Lunatic asylums Madras 1892-1911 - 1892-1911
Year: 1892
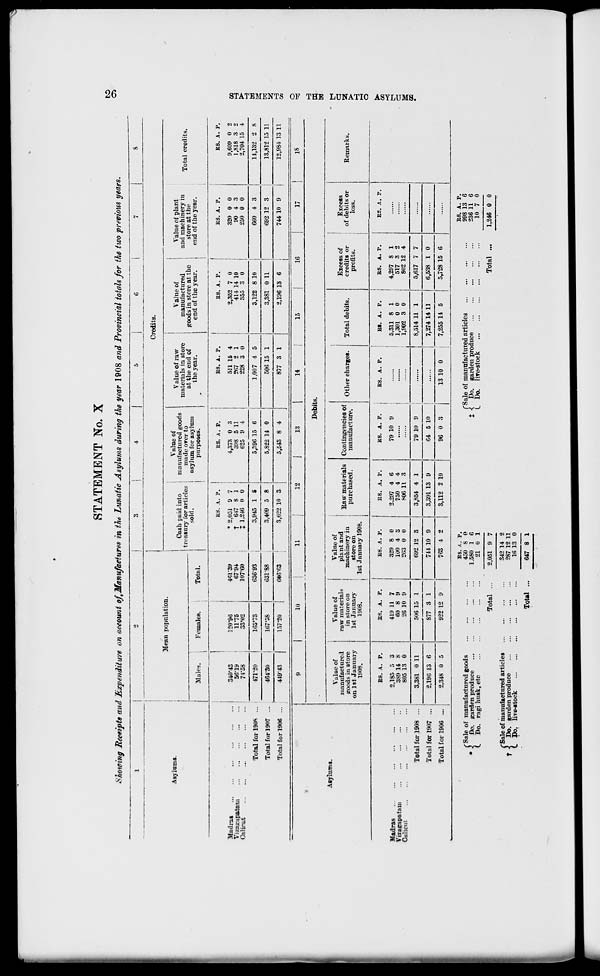
STATEMENT No. X
Showing Receipts and Expenditure on account of,Manufactures in th* Lunatic Asylums during the year 1908 and Provincial totals for the two previous years.
Mean population.
Asylums.
Males.
Females.
Total.
Credits.
Cash paid into
treasury for articles
sold.
Value of
manufactured goods
made orer to
asylum for asylum
purposes.
Value of raw
materials in store
at the end of
the year.
Value of
Value of plant
manufactured
and machinery in
: goods in store at the i
store at the
end of the year.
I
end of the year.
Total credits.
Madras
Vizairapatar.i
Calicut
Total for 190S ...
Total for 1907 ...
1
Total for 1906 ...
340-43
56-19
71-58
120*96
11*75
33*02
1
461-39
67-94
107*60
RS. A. P.
* 2,051 9 7
t
647 8 1
J 1,246 (t 0
KS. A. P.
4,373 0 8
398 5 11
625 9 1
B8. A. P.
511 15 4
267 2 1
228 3 0
R8. A. P.
2,352 7 0
414 14 10
355 3 0
RS. A. P.
320 0 0
90 4 3
250 0 0
RS. A. P.
9,609 0 2
1,818 3 2
2,704 15 4
471-20
165*73
63693
i
3,945 1 S
5,396 16 6
1,007 4 5
3,122 8 10
|
060 4 3
14,132 2 8
464'SO
167*58
631-88
3,409 5 8
5,822 14 0
506 15 1
3,381 0 11
692 12 3
13,812 15 11
449-43
157-20
GW6-63
3,«22 10 3
5,543 8 4
877 3 1
2,196 13 6
744 10 9
12,984 13 11
■*
Asylums.
9
10
11
12
I
18
14
15
16
17
18
Debits.
Vulueof
manufactured
goods in store
on 1st January
1908.
Value of
raw materials
in store on
1st January
1908.
Value of
plant and
machinery in
store on
1st January 1908.
! Eaw materials
purchased.
1
Contingencies of
manufacture.
Other charges.
Total debits.
Excess of
credits or
profits.
Excess
of debits or
loss.
Remarks.
Madras
Vizagapatani
Calicut
Total for 1908 ...
Total for 1907 ...
Total for 1906 ...
BS. A. P.
2,185 5 3
3S9 14 8
805 13 0
BS. A. P.
419 11 7
60 8 9
26 10 9
HS. A. P.
329 8 0
100 4 S
263 0 0
RS. A. P.
2,297 4 6
750 4 4
806 11 3
]
HS. A. P.
|
RS. A. P.
j
79 10 9
:::::: ' :.:: j
RS. A. P.
5,311 8 1
1,301 0 0
1,902 3 0
BS. A. P.
4,297 8 1
517 3 2
802 12 4
ES. A. P.
3,381 0 11
506 15 1
692 12 S
3,854 4 1
79 10 9
8,514 11 1
5,617 7 7
2,196 13 6
877 3 1
741 10 9
3,391 13 9
64 5 10
7,274 14 11
6,538 1 0
2,348 0 5
922 12 9
763 4 2
3,112 2 10
96 0 3
13 10 0
7,255 115
5,728 15 6
?
' Sale of manufactured goods
Do. garden produce
...
Do. ragi husk, etc
RS. A. p.
450 8 0
1,580 1 6
21 0 1
f Sale of manufactured articles
t i Do. garden produce
L Do. live-stock
f Sale of manufactured articles
t < Do. garden produce
(. Do. live-stock
Total ...
Total ...
2,051 9 7
342 14 2
287 12 11
16 13 0
647 8 1
Total
RS. A. P.
998 13 6
236 11 6
10 7 0
1,246 0 0
to
GO
H
K
m
1-3
CO
O f =J
t-3
ffl
5J
t**
a
P
-3
l-H
o
►
m
■•4
OQ